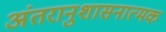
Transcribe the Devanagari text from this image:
अंतरानुशासनात्मक